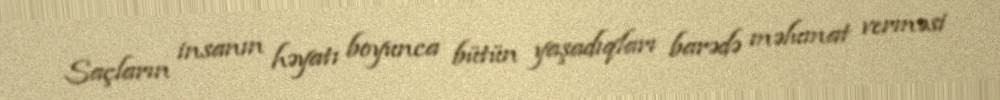
Saçların insanın həyatı boyunca bütün yaşadıqları barədə məlumat verməsi